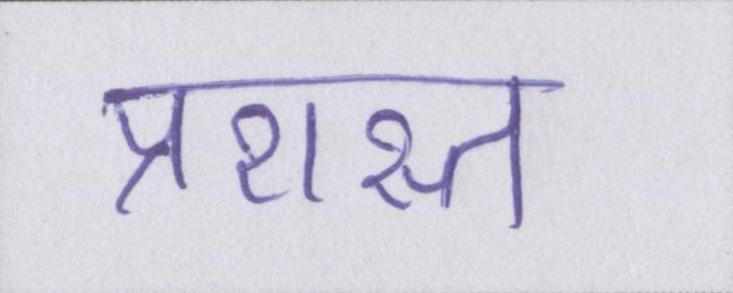
प्रशस्त